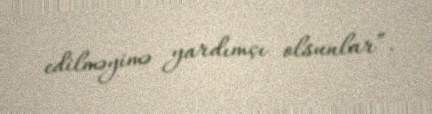
edilməyimə yardımçı olsunlar”.